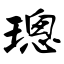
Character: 璁